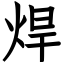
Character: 焊